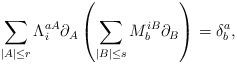
LaTeX: \begin{align*} \sum_{|A|\leq r}\Lambda^{aA}_i\partial_A\left(\sum_{|B|\leq s}M^{iB}_b\partial_B\right) = \delta^a_b,\end{align*}